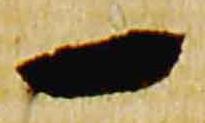
一